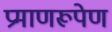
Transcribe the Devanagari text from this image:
प्रमाणरूपेण